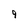
Character: 9